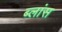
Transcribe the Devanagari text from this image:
ब्लांस